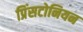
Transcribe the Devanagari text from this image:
प्रिंसटोनियन